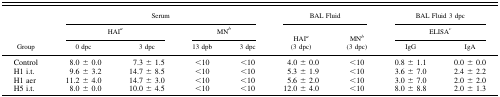
<table><thead><tr><td rowspan="3"><b>Group</b></td><td colspan="4"><b>Serum</b></td><td colspan="2"><b>BAL Fluid</b></td><td colspan="2"><b>BAL Fluid 3 dpc </b></td></tr><tr><td colspan="2"><b>HAI<i><sup>a</sup></i></b></td><td colspan="2"><b>MN<i><sup>b</sup></i></b></td><td><b>HAI<i><sup>a</sup></i></b></td><td><b>MN<i><sup>b</sup></i></b></td><td colspan="2"><b>ELISA<i><sup>c</sup></i></b></td></tr><tr><td><b>0 dpc</b></td><td><b>3 dpc</b></td><td><b>13 dpb</b></td><td><b>3 dpc</b></td><td><b>(3 dpc)</b></td><td><b>(3 dpc)</b></td><td><b>IgG</b></td><td><b>IgA</b></td></tr></thead><tbody><tr><td>Control</td><td>8.0 ± 0.0</td><td>7.3 ± 1.5</td><td>&lt;10</td><td>&lt;10</td><td>4.0 ± 0.0</td><td>&lt;10</td><td>0.8 ± 1.1</td><td>0.0 ± 0.0</td></tr><tr><td>H1 i.t.</td><td>9.6 ± 3.2</td><td>14.7 ± 8.5</td><td>&lt;10</td><td>&lt;10</td><td>5.3 ± 1.9</td><td>&lt;10</td><td>3.6 ± 7.0</td><td>2.4 ± 2.2</td></tr><tr><td>H1 aer</td><td>11.2 ± 4.0</td><td>14.7 ± 3.0</td><td>&lt;10</td><td>&lt;10</td><td>5.6 ± 2.0</td><td>&lt;10</td><td>3.0 ± 7.0</td><td>2.0 ± 2.0</td></tr><tr><td>H5 i.t.</td><td>8.0 ± 0.0</td><td>10.0 ± 4.5</td><td>&lt;10</td><td>&lt;10</td><td>12.0 ± 4.0</td><td>&lt;10</td><td>8.0 ± 8.8</td><td>2.0 ± 1.3</td></tr></tbody></table>